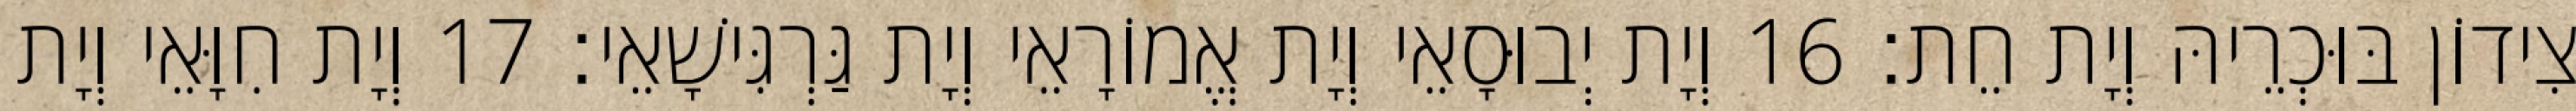
צִידוֹן בּוּכְרֵיהּ וְיָת חֵת׃ 16 וְיָת יְבוּסָאֵי וְיָת אֱמוֹרָאֵי וְיָת גַּרְגִּישָׁאֵי׃ 17 וְיָת חִוָּאֵי וְיָת